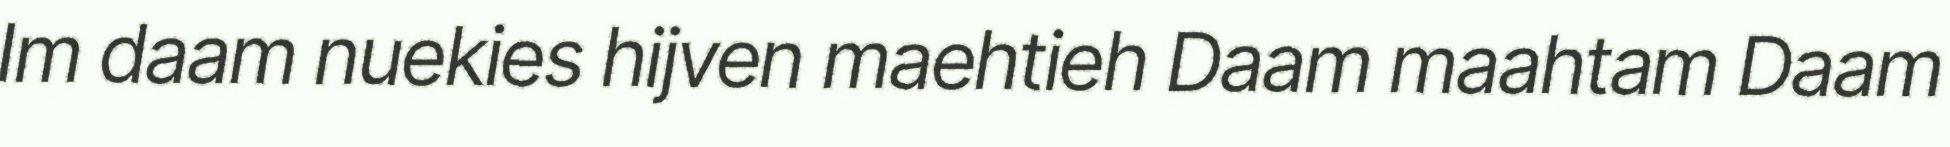
Im daam nuekies hijven maehtieh Daam maahtam Daam